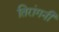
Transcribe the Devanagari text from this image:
तिरांगनी